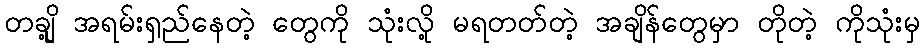
တချို့ အရမ်းရှည်နေတဲ့ တွေကို သုံးလို့ မရတတ်တဲ့ အချိန်တွေမှာ တိုတဲ့ ကိုသုံးမှ